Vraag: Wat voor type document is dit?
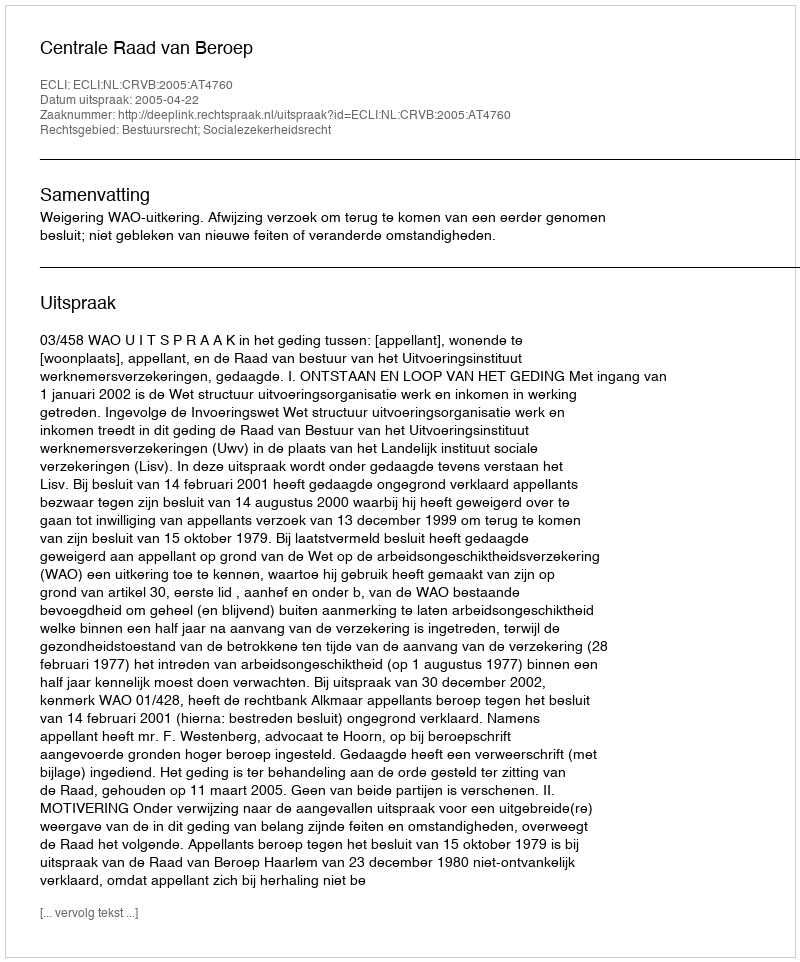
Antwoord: Uitspraak